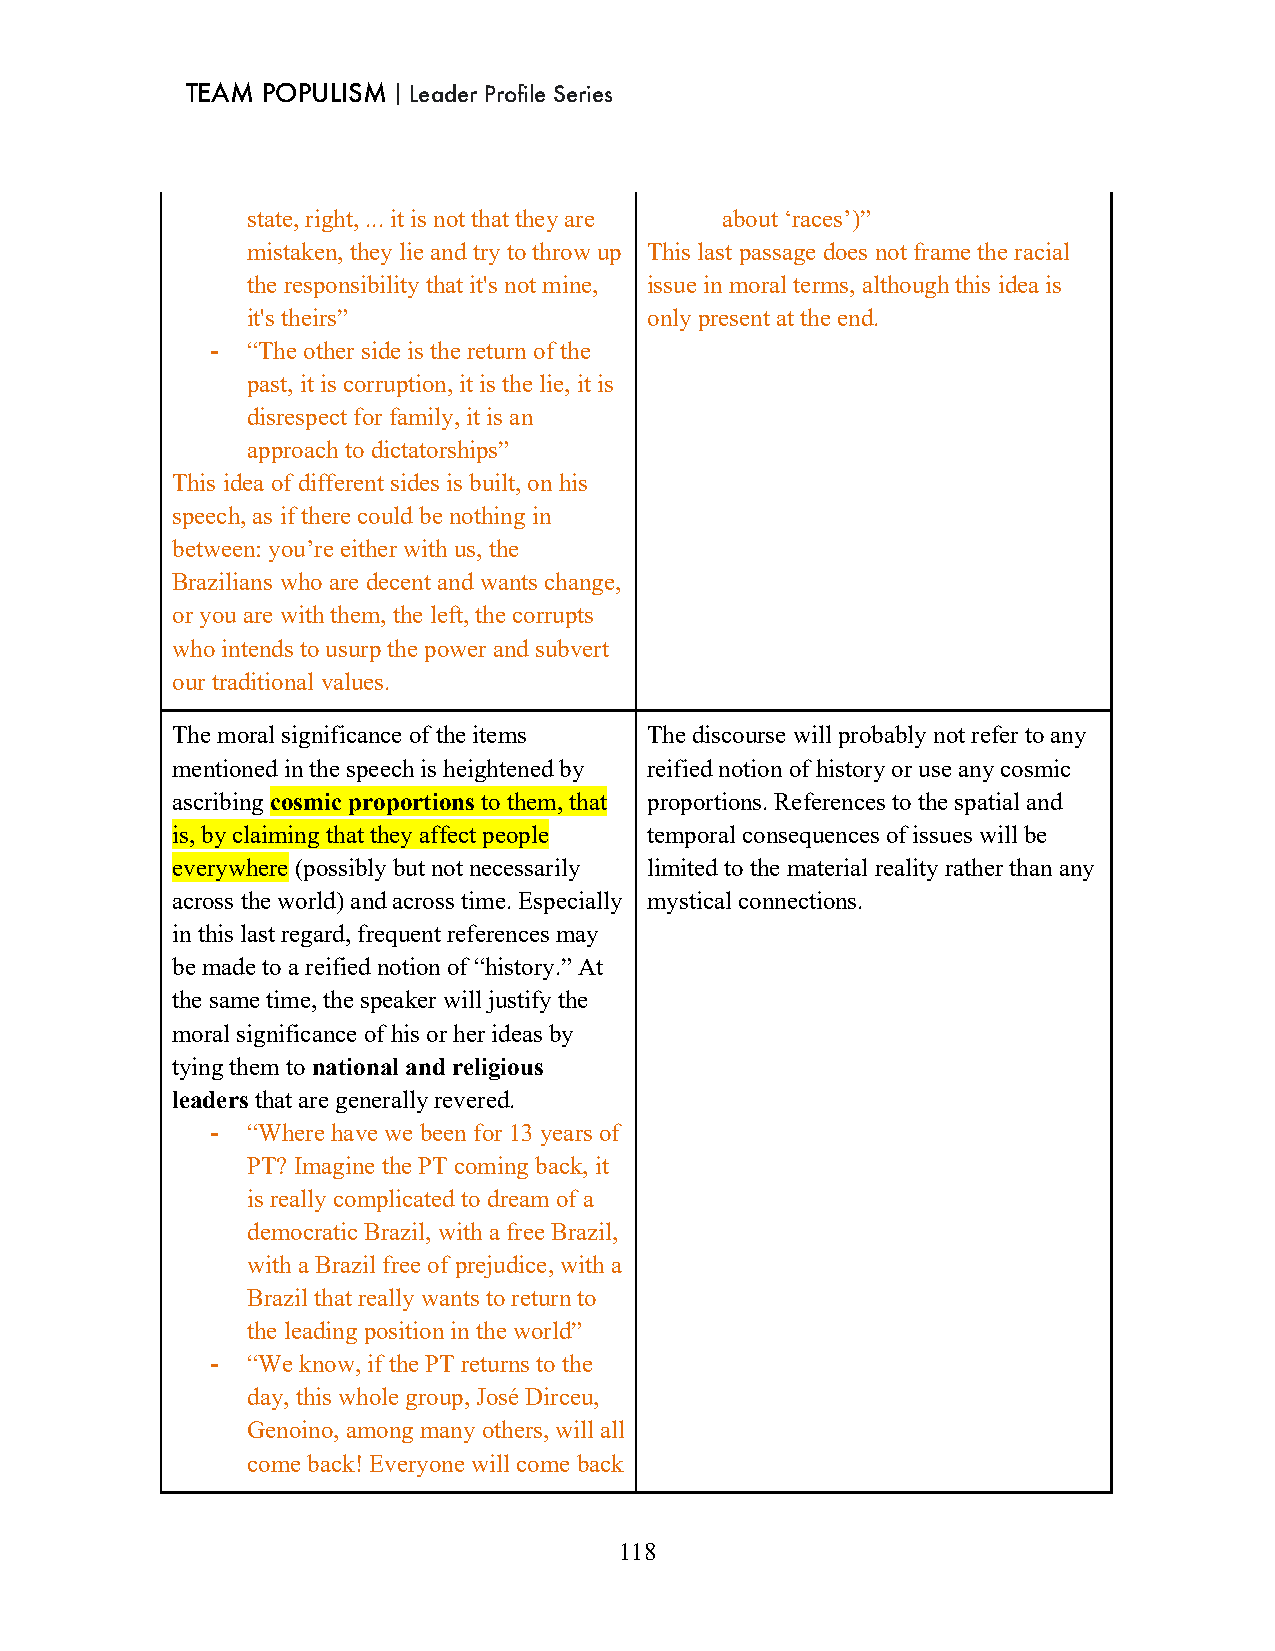
TEAM POPULISM｜Leader Profile Series
 state, right, ... it is not that they are about ‘races’)”
 mistaken, they lie and try to throw up This last passage does not frame the racial
 the responsibility that it's not mine, issue in moral terms, although this idea is
 it's theirs”               only present at the end.
 - “The other side is the return of the
 past, it is corruption, it is the lie, it is
 disrespect for family, it is an
 approach to dictatorships”
 This idea of different sides is built, on his
 speech, as if there could be nothing in
 between: you’re either with us, the
 Brazilians who are decent and wants change,
 or you are with them, the left, the corrupts
 who intends to usurp the power and subvert
 our traditional values.
 The moral significance of the items The discourse will probably not refer to any
 mentioned in the speech is heightened by reified notion of history or use any cosmic
 ascribing cosmic proportions to them, that proportions. References to the spatial and
 is, by claiming that they affect people temporal consequences of issues will be
 everywhere (possibly but not necessarily limited to the material reality rather than any
 across the world) and across time. Especially mystical connections.
 in this last regard, frequent references may
 be made to a reified notion of “history.” At
 the same time, the speaker will justify the
 moral significance of his or her ideas by
 tying them to national and religious
 leaders that are generally revered.
 - “Where have we been for 13 years of
 PT? Imagine the PT coming back, it
 is really complicated to dream of a
 democratic Brazil, with a free Brazil,
 with a Brazil free of prejudice, with a
 Brazil that really wants to return to
 the leading position in the world”
 - “We know, if the PT returns to the
 day, this whole group, José Dirceu,
 Genoino, among many others, will all
 come back! Everyone will come back
 118